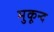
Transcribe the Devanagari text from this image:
मुकून्द